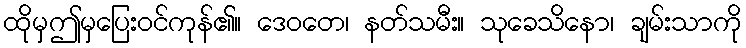
ထိုမှဤမှပြေးဝင်ကုန်၏။ ဒေဝတေ၊ နတ်သမီး။ သုခေသိနော၊ ချမ်းသာကို